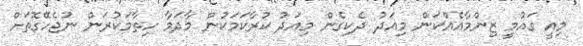
މިއީ ގައުމީ ޒިންމާއެއްކަން މިއަދު ދެކިގެން މިއަދު ކުރާކަމަކުން މާދަމާ ހިތާމަކުރަން ނުޖެހޭގޮތަށް